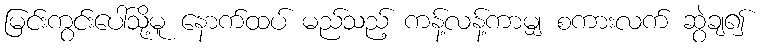
မြင်းကွင်းပေါ်သို့မူ နောက်ထပ် မည်သည့် ကန့်လန့်ကာမျှ စကားလက် ဆွဲချ၍